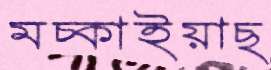
মচ্‌কাইয়াছ